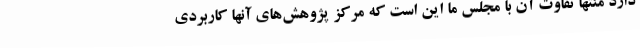
دارد منتها تفاوت آن با مجلس ما این است که مرکز پژوهش‌های آنها کاربردی